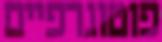
פוטוגרפיים